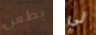
يطعن لي